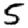
Digit: 5